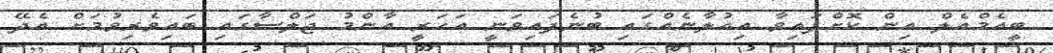
ބީއެމްއެލް އިން ކޮށްފައިވާ އިއުލާނެއްގައި ބުނެފައިވަނީ އަހަރީ އާންމު ޖަލްސާގައި ބައިވެރިވުމަށް އެދޭ